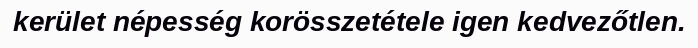
kerület népesség korösszetétele igen kedvezőtlen.